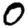
Digit: 0